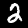
Label: 2